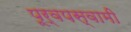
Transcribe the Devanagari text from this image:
पूर्वपस्वामी